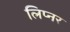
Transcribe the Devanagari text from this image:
लिप्नर